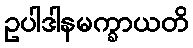
ဥပါဒါနမက္ခာယတိ